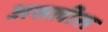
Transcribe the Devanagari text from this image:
असलीस